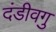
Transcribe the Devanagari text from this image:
दंडीवगु